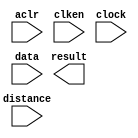
module BarrelShifter (
	aclr,
	clken,
	clock,
	data,
	distance,
	result);

	input	  aclr;
	input	  clken;
	input	  clock;
	input	[63:0]  data;
	input	[5:0]  distance;
	output	[63:0]  result;

endmodule